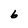
Character: 6